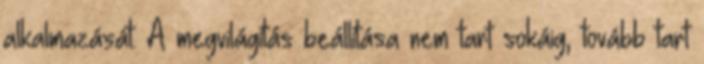
alkalmazását. A megvilágítás beállítása nem tart sokáig, tovább tart